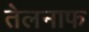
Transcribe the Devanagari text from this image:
तेलनाफ